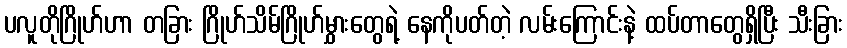
ပလူတိုဂြိုဟ်ဟာ တခြား ဂြိုဟ်သိမ်ဂြိုဟ်မွှားတွေရဲ့ နေကိုပတ်တဲ့ လမ်းကြောင်းနဲ့ ထပ်တာတွေရှိပြီး သီးခြား